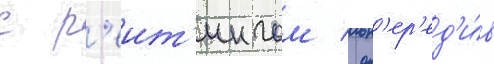
с р'еит'ингом / оп'ер'ед'и́в